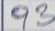
93